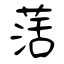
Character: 萿